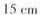
15cm